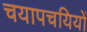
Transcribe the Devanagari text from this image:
चयापचयियों